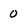
Character: 0